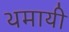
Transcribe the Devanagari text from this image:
थमायी